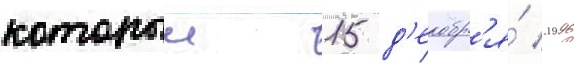
которыи 15 д'екабр'я́ 1996